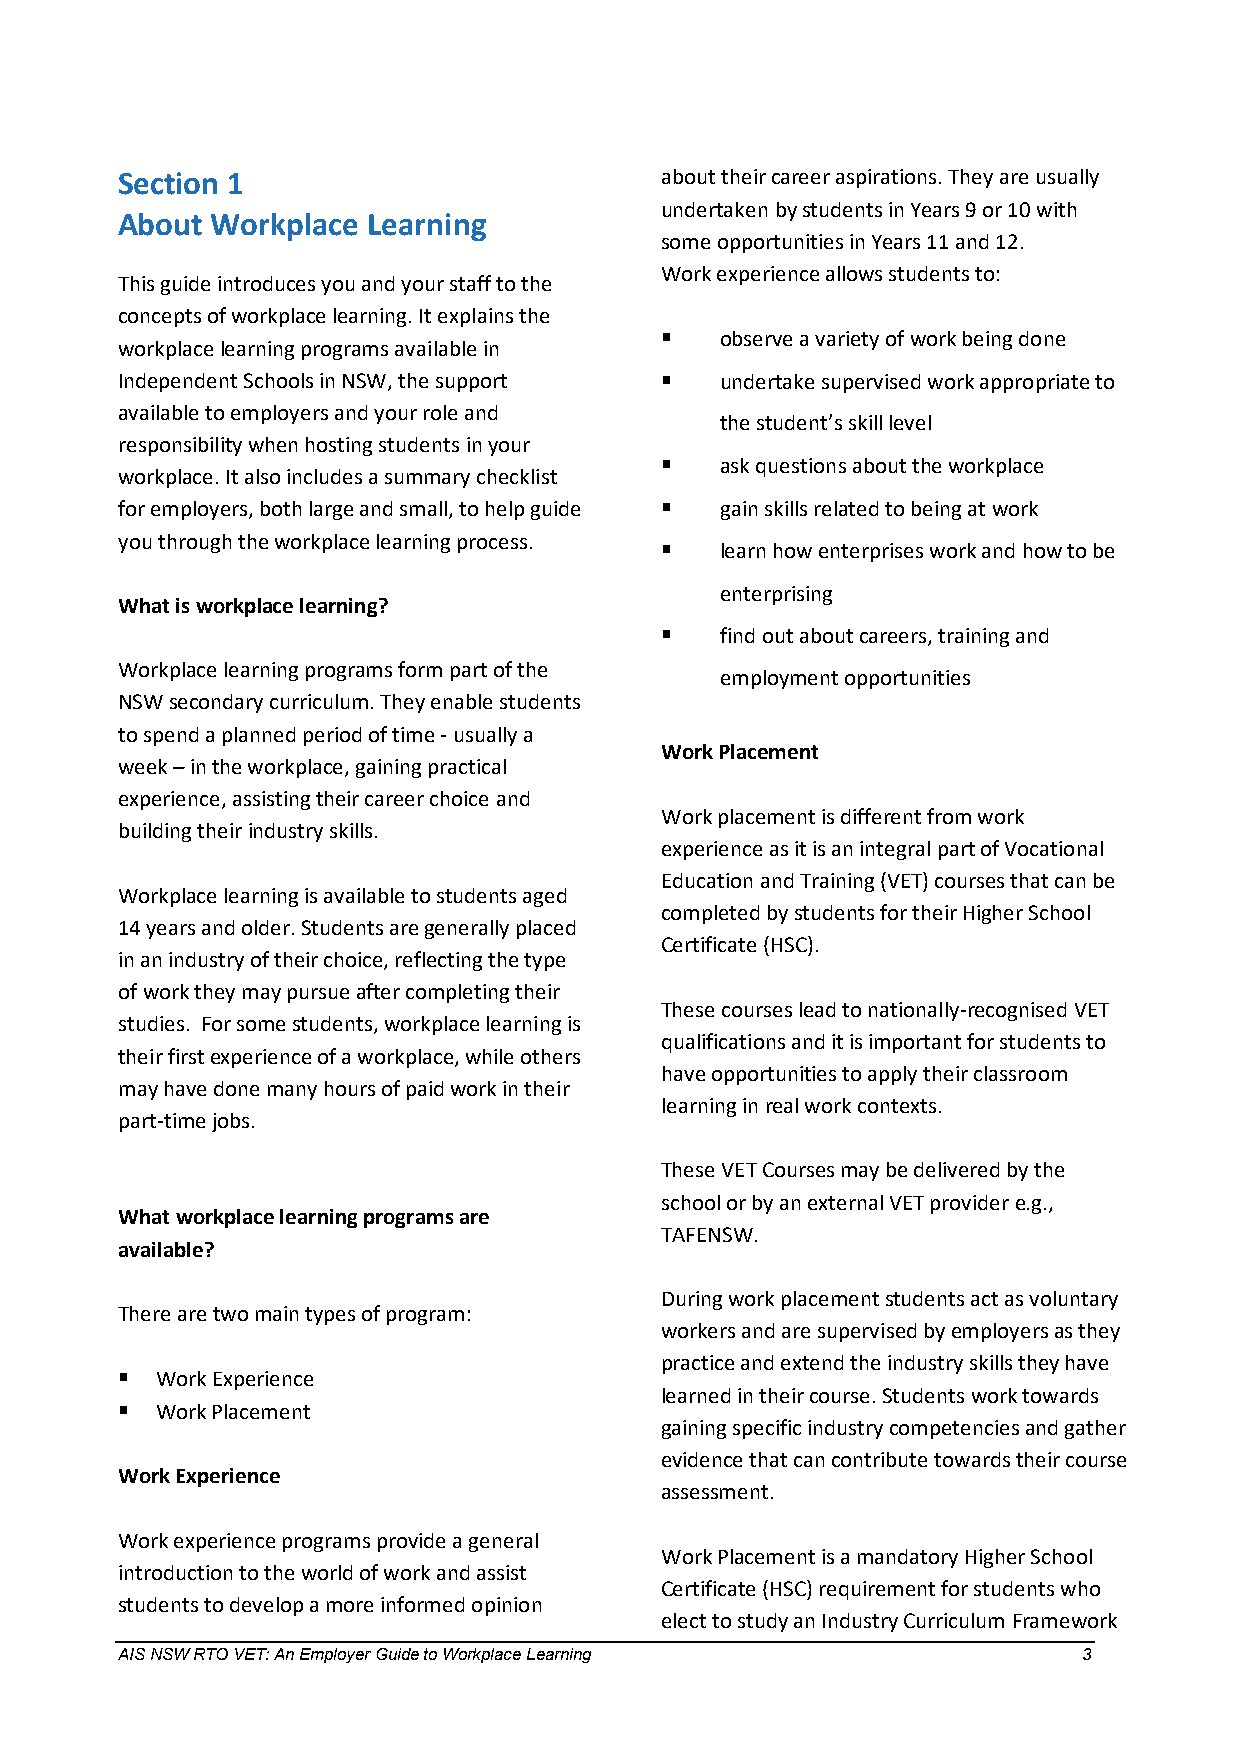
Section 1                           about their career aspirations. They are usually
 undertaken by students in Years 9 or 10 with
 About Workplace Learning
 some opportunities in Years 11 and 12.
 Work experience allows students to:
 This guide introduces you and your staff to the
 concepts of workplace learning. It explains the
    observe a variety of work being done
 workplace learning programs available in
 Independent Schools in NSW, the support  undertake supervised work appropriate to
 available to employers and your role and
 the student’s skill level
 responsibility when hosting students in your
    ask questions about the workplace
 workplace. It also includes a summary checklist
 for employers, both large and small, to help guide  gain skills related to being at work
 you through the workplace learning process.  learn how enterprises work and how to be
 enterprising
 What is workplace learning?
    find out about careers, training and
 Workplace learning programs form part of the
 employment opportunities
 NSW secondary curriculum. They enable students
 to spend a planned period of time - usually a
 Work Placement
 week – in the workplace, gaining practical
 experience, assisting their career choice and
 Work placement is different from work
 building their industry skills.
 experience as it is an integral part of Vocational
 Education and Training (VET) courses that can be
 Workplace learning is available to students aged
 completed by students for their Higher School
 14 years and older. Students are generally placed
 Certificate (HSC).
 in an industry of their choice, reflecting the type
 of work they may pursue after completing their
 These courses lead to nationally-recognised VET
 studies. For some students, workplace learning is
 qualifications and it is important for students to
 their first experience of a workplace, while others
 have opportunities to apply their classroom
 may have done many hours of paid work in their
 learning in real work contexts.
 part-time jobs.
 These VET Courses may be delivered by the
 school or by an external VET provider e.g.,
 What workplace learning programs are
 TAFENSW.
 available?
 During work placement students act as voluntary
 There are two main types of program:
 workers and are supervised by employers as they
 practice and extend the industry skills they have
  Work Experience
 learned in their course. Students work towards
  Work Placement
 gaining specific industry competencies and gather
 evidence that can contribute towards their course
 Work Experience
 assessment.
 Work experience programs provide a general
 Work Placement is a mandatory Higher School
 introduction to the world of work and assist
 Certificate (HSC) requirement for students who
 students to develop a more informed opinion
 elect to study an Industry Curriculum Framework
 AIS NSW RTO VET: An Employer Guide to Workplace Learning        3